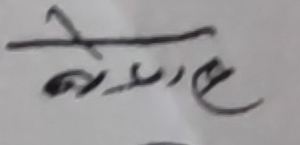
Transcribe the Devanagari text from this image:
सक्दैन